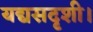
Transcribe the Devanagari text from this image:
यद्यसदृशी।